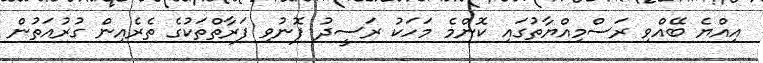
އިއްޔެ ބޭއްވި ރަސްމިއްޔާތުގައި ކޮންމެ މަހަކު ރަސީދު ފޮނުވި ފަރާތްތަކުގެ ތެރެއިން ގުރުއަތުން